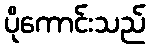
ပိုကောင်းသည်